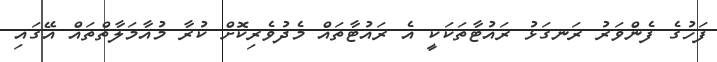
ފަހުގެ ފެންވަރު ރަނގަޅު ރައުޓާތަކަކީ އެ ރައުޓާތައް މެދުވެރިކޮށް ކުރާ މުއާމަލާތްތައް އޭގައި